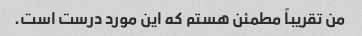
من تقریباً مطمئن هستم که این مورد درست است.